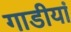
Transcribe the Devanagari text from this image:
गाडीयां